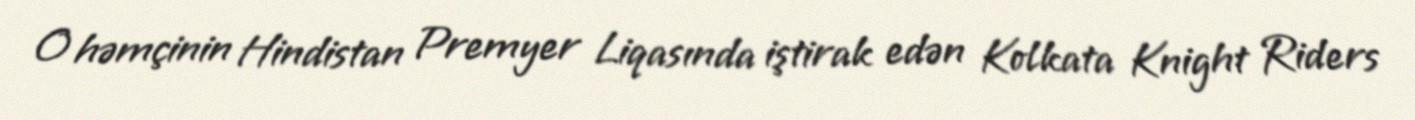
O həmçinin Hindistan Premyer Liqasında iştirak edən Kolkata Knight Riders